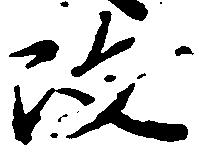
改